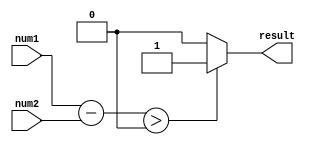
module magnitude_comparator(
    input [7:0] num1,
    input [7:0] num2,
    output reg result
);

reg [7:0] difference;

always @* begin
    difference = num1 - num2;
    if(difference > 0)
        result = 1;
    else if(difference < 0)
        result = 0;
    else
        result = 0;
end

endmodule